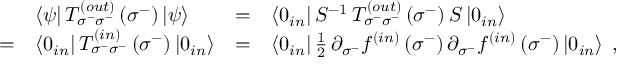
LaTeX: \begin{array} { l l l l } { { \ } } & { { \left< \psi \right| T _ { \sigma ^ { - } \sigma ^ { - } } ^ { \left( o u t \right) } \left( \sigma ^ { - } \right) \left| \psi \right> } } & { { = } } & { { \left< 0 _ { i n } \right| S ^ { - 1 } \, T _ { \sigma ^ { - } \sigma ^ { - } } ^ { \left( o u t \right) } \left( \sigma ^ { - } \right) S \left| 0 _ { i n } \right> } } \\ { { = } } & { { \left< 0 _ { i n } \right| T _ { \sigma ^ { - } \sigma ^ { - } } ^ { \left( i n \right) } \left( \sigma ^ { - } \right) \left| 0 _ { i n } \right> } } & { { = } } & { { \left< 0 _ { i n } \right| { \frac { 1 } { 2 } } \, \partial _ { \sigma ^ { - } } f ^ { \left( i n \right) } \left( \sigma ^ { - } \right) \partial _ { \sigma ^ { - } } f ^ { \left( i n \right) } \left( \sigma ^ { - } \right) \left| 0 _ { i n } \right> \; , } } \end{array}